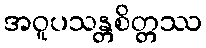
အဝူပသန္တစိတ္တဿ